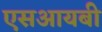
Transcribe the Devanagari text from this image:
एसआयबी